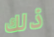
ذلك